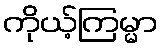
ကိုယ့်ကြမ္မာ